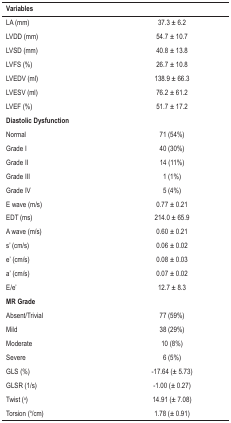
<table><thead><tr><td><b>Variables</b></td><td><b> </b></td></tr></thead><tbody><tr><td>LA (mm)</td><td>37.3 ± 6.2</td></tr><tr><td>LVDD (mm)</td><td>54.7 ± 10.7</td></tr><tr><td>LVSD (mm)</td><td>40.8 ± 13.8</td></tr><tr><td>LVFS (%)</td><td>26.7 ± 10.8</td></tr><tr><td>LVEDV (ml)</td><td>138.9 ± 66.3</td></tr><tr><td>LVESV (ml)</td><td>76.2 ± 61.2</td></tr><tr><td>LVEF (%)</td><td>51.7 ± 17.2</td></tr><tr><td><b>Diastolic Dysfunction</b></td><td> </td></tr><tr><td>Normal</td><td>71 (54%)</td></tr><tr><td>Grade I</td><td>40 (30%)</td></tr><tr><td>Grade II</td><td>14 (11%)</td></tr><tr><td>Grade III</td><td>1 (1%)</td></tr><tr><td>Grade IV</td><td>5 (4%)</td></tr><tr><td>E wave (m/s)</td><td>0.77 ± 0.21</td></tr><tr><td>EDT (ms)</td><td>214.0 ± 65.9</td></tr><tr><td>A wave (m/s)</td><td>0.60 ± 0.21</td></tr><tr><td>s&#x27; (cm/s)</td><td>0.06 ± 0.02</td></tr><tr><td>e&#x27; (cm/s)</td><td>0.08 ± 0.03</td></tr><tr><td>a&#x27; (cm/s)</td><td>0.07 ± 0.02</td></tr><tr><td>E/e&#x27;</td><td>12.7 ± 8.3</td></tr><tr><td><b>MR Grade</b></td><td> </td></tr><tr><td>Absent/Trivial</td><td>77 (59%)</td></tr><tr><td>Mild</td><td>38 (29%)</td></tr><tr><td>Moderate</td><td>10 (8%)</td></tr><tr><td>Severe</td><td>6 (5%)</td></tr><tr><td>GLS (%)</td><td>-17.64 (± 5.73)</td></tr><tr><td>GLSR (1/s)</td><td>-1.00 (± 0.27)</td></tr><tr><td>Twist (<sup>o</sup>)</td><td>14.91 (± 7.08)</td></tr><tr><td>Torsion (<sup>o</sup>/cm)</td><td>1.78 (± 0.91)</td></tr></tbody></table>